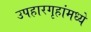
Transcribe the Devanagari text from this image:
उपहारगृहांमध्ये